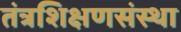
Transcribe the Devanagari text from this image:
तंत्रशिक्षणसंस्था